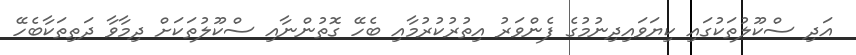
އަދި ސްކޫލުތަކުގައި ކިޔަވައިދިނުމުގެ ފެންވަރު އިތުރުކުރުމާއި ބެހޭ ގޮތުންނާއި ސްކޫލުތަކަށް ދިމާވާ ދަތިތަކާބެހޭ